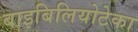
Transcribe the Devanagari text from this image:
बाइबिलियोटेका